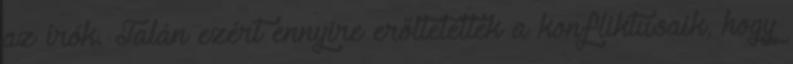
az írók. Talán ezért ennyire erőltetettek a konfliktusaik, hogy